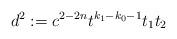
LaTeX: \begin{align*}d^2:=c^{2-2n}t^{k_1-k_0-1}t_1t_2\end{align*}